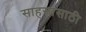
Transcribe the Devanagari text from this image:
साहसासाठी